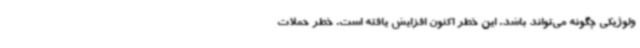
ولوژیکی چگونه می‌تواند باشد. این خطر اکنون افزایش یافته است. خطر حملات